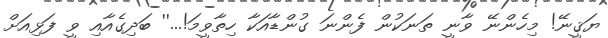
ޔަޤީނޭ! މިހެންނޭ ވާނީ ތަނަކުން ފެންނަ ގުންޑާއަކާ ހިތާވީމަ!...'' ބަދިގެއާއި ވީ ފަޅިއަށް